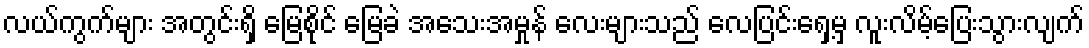
လယ်ကွက်များ အတွင်းရှိ မြေစိုင် မြေခဲ အသေးအမှုန် လေးများသည် လေပြင်းရှေ့မှ လူးလိမ့်ပြေးသွားလျက်